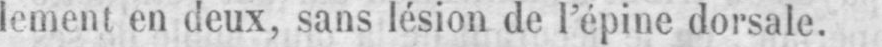
lement en deux, sans lésion de l’épine dorsale.